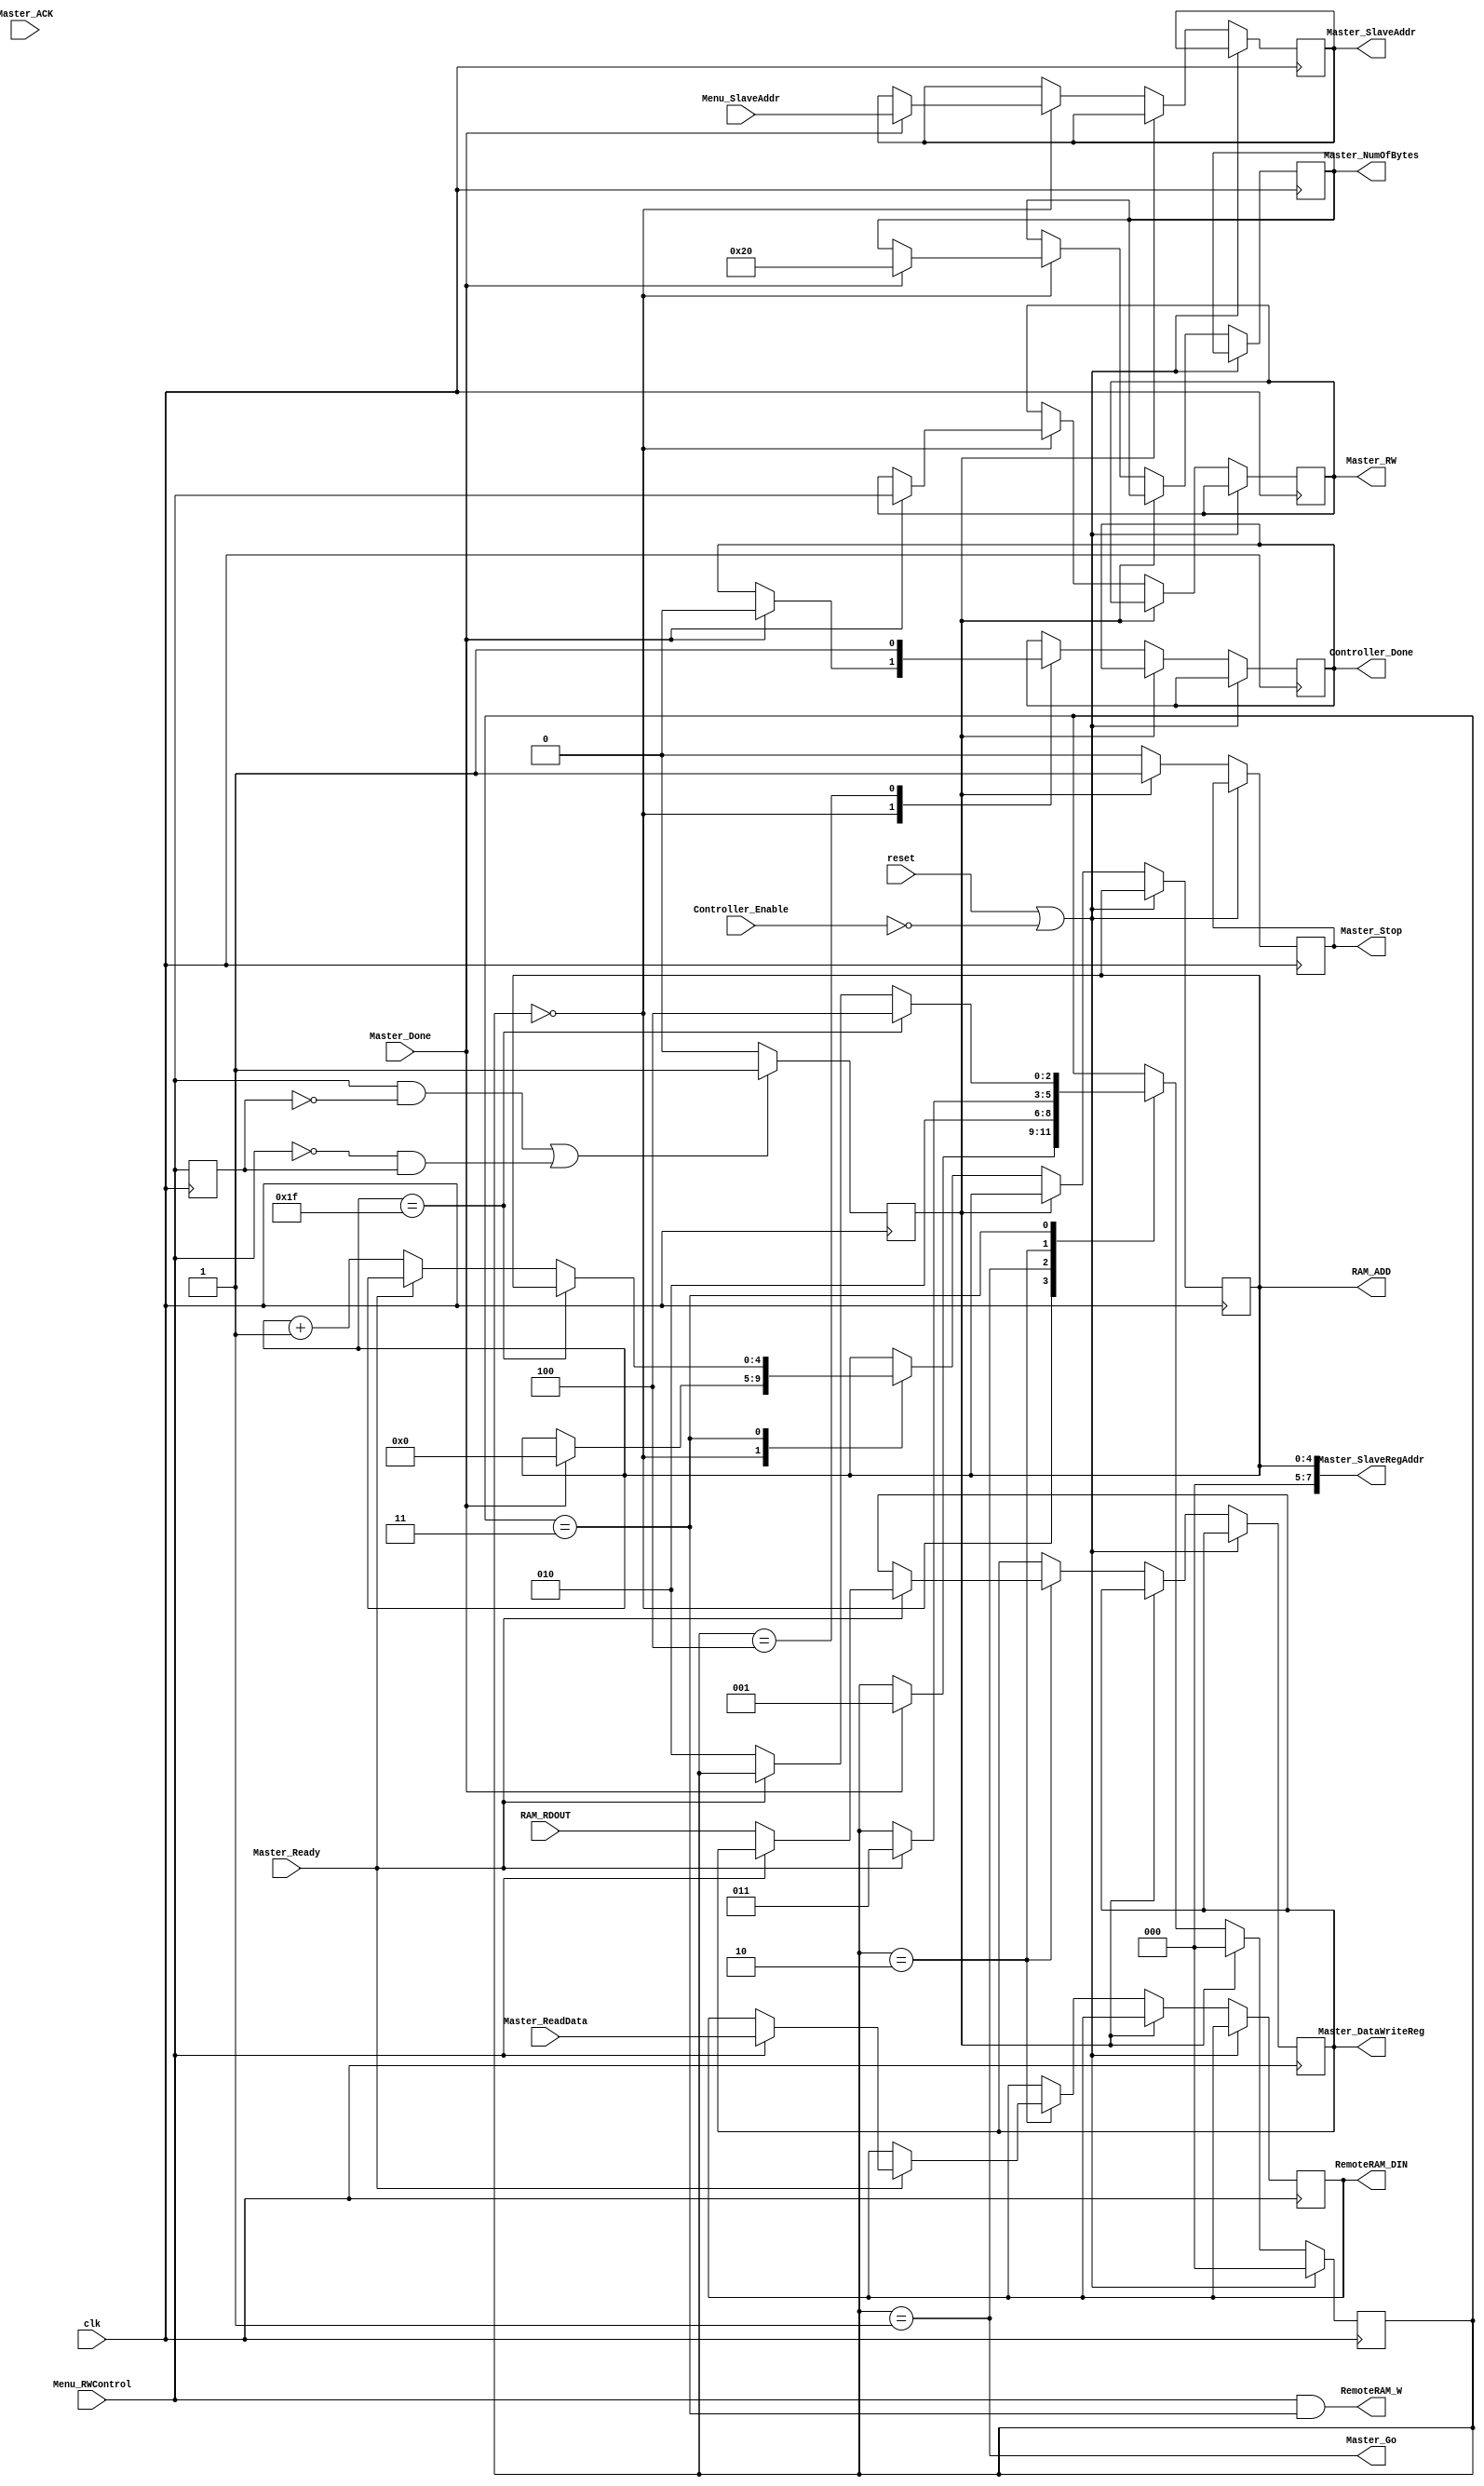
`timescale 1ns / 1ps
//////////////////////////////////////////////////////////////////////////////////
// Module Name:		I2C_Master_SpartanSlaveController
// Project Name:		I2C_Slave-LCD_Menu
// Target Devices:	SPARTAN 3E
// Description:		Controller for Spartan 3E slave
// Dependencies:
//////////////////////////////////////////////////////////////////////////////////
module I2C_Master_SpartanSlaveController(
	output reg [4:0]RAM_ADD,
	output reg [7:0]RemoteRAM_DIN,
	output RemoteRAM_W,
	output Master_Go,
	output reg Master_Stop,
	output reg Master_RW,
	output reg [5:0]Master_NumOfBytes,
	output reg [6:0]Master_SlaveAddr,
	output [7:0]Master_SlaveRegAddr,
	output reg [7:0]Master_DataWriteReg,
	output reg Controller_Done,
	input Controller_Enable,
	input [6:0]Menu_SlaveAddr,
	input Menu_RWControl,
	input [7:0]RAM_RDOUT,
	input Master_Done,
	input Master_Ready,
	input Master_ACK,
	input [7:0]Master_ReadData,
	input clk,
	input reset
	);

	/////////////////////////////// PARAMETERS //////////////////////////////////
	/////////////////////////////////////////////////////////////////////////////
	// Mode Parameters
	parameter MODE_SLAVE_WRITE = 0, MODE_SLAVE_READ = 1;
	// State Parameters
	parameter STATE_SETUP_INITIAL = 0, STATE_ASSERT_GO = 1, STATE_NEXT_BYTE = 2,
		STATE_SETUP_NEXT_BYTE = 3, STATE_STOP = 4;

	reg [2:0]state;
	reg menuRWControlPrev;
	reg menuRWControlEvent;

	integer i;

	initial begin
		// Reset values
		Controller_Done = 0;
		state = STATE_SETUP_INITIAL;
		Master_RW = MODE_SLAVE_WRITE;
		Master_DataWriteReg = 0;
	end

	assign Master_SlaveRegAddr = RAM_ADD;
	// Put outside the always
	assign Master_Go = (state == STATE_ASSERT_GO);

	assign RemoteRAM_W = Menu_RWControl == MODE_SLAVE_READ && state == STATE_SETUP_NEXT_BYTE;

	// Menu RW Control event watcher
	always@(posedge clk) begin
		menuRWControlPrev <= Menu_RWControl;
		if ((Menu_RWControl == 1 && menuRWControlPrev == 0) ||
				(Menu_RWControl == 0 && menuRWControlPrev == 1))
			menuRWControlEvent <= 1;
		else menuRWControlEvent <= 0;
	end

	always@(posedge clk) begin
		if (reset || !Controller_Enable) begin
			// If resetting back to state zero
			state <= 0;
		end
		else begin
				// If change to rw from menu controller
				if (menuRWControlEvent) begin
					// Reset state
					state <= 0;
					// Send Stop signal to master
					Master_Stop <= 1;
				end
				else begin
					Master_Stop <= 0;
					case (state)
						STATE_SETUP_INITIAL:
								begin
									if (Master_Done) begin
										// Set whether we are reading or writing
										Master_RW <= Menu_RWControl;
										// Reset byte counter
										Master_NumOfBytes <= 32;
										// Set register begin address
										RAM_ADD <= 0;
										// Set device address
										Master_SlaveAddr <= Menu_SlaveAddr;
										// Clear Done flag
										Controller_Done <= 0;
										state <= STATE_ASSERT_GO;
									end
								end
						STATE_ASSERT_GO:
								begin
									// Move on to the next state
									state <= STATE_NEXT_BYTE;
								end
						STATE_NEXT_BYTE:
								begin
									// Wait for master to become Master_Ready
									if (Master_Ready) begin
										if (Menu_RWControl == MODE_SLAVE_WRITE)
											// Set next byte to send to slave
											Master_DataWriteReg <= RAM_RDOUT;
										else
											// Get data read from slave
											RemoteRAM_DIN <= Master_ReadData;
										// Move on to the next state.
										state <= STATE_SETUP_NEXT_BYTE;
									end
								end
						STATE_SETUP_NEXT_BYTE:
								begin // Need to wait for Master_Done or something
									// If Controller done writing to slave
									if (RAM_ADD == 31)
										// Start over
										//state <= STATE_WRITE_SETUP_INITIAL;
										// Stop
										state <= STATE_STOP;
									else if (!Master_Ready) begin
										RAM_ADD <= RAM_ADD + 1;
										state <= STATE_NEXT_BYTE;
									end
								end
						STATE_STOP:
								begin
									Controller_Done <= 1;
								end
					endcase
				end
		end // End Else NOT reset
	end

endmodule